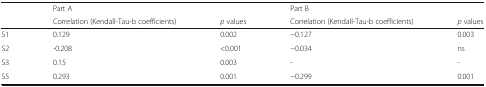
<table><thead><tr><td></td><td><b>Part A</b></td><td></td><td><b>Part B</b></td><td></td></tr><tr><td></td><td><b>Correlation (Kendall-Tau-b coefficients)</b></td><td><b><i>p</i> values</b></td><td><b>Correlation (Kendall-Tau-b coefficients)</b></td><td><b><i>p</i> values</b></td></tr></thead><tbody><tr><td>S1</td><td>0.129</td><td>0.002</td><td>−0.127</td><td>0.003</td></tr><tr><td>S2</td><td>-0.208</td><td>&lt;0.001</td><td>−0.034</td><td>ns</td></tr><tr><td>S3</td><td>0.15</td><td>0.003</td><td>-</td><td>-</td></tr><tr><td>S5</td><td>0.293</td><td>0.001</td><td>−0.299</td><td>0.001</td></tr></tbody></table>